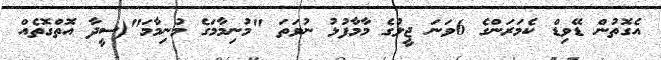
އެގޮތުން ޑޭވިޑް ކެމަރަންގެ 6ވަނަ ޖީލުގެ މާމާފުޅު ނުވަތަ "މުނިމާމަގެ މުނިމާމަ"(ސީދާ އޮތްގޮތެއް